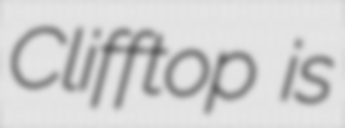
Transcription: Clifftop is